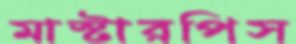
মাস্টারপিস